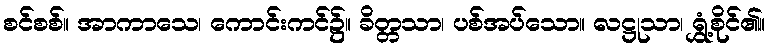
စင်စစ်။ အာကာသေ၊ ကောင်းကင်၌။ ခိတ္တသာ၊ ပစ်အပ်သော။ လဋ္ဌုသာ၊ ရွှံ့စိုင်၏။